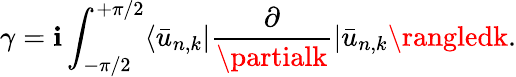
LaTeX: \gamma=\mathbf{i}\int_{-\pi/2}^{+\pi/2}\langle\bar{{u}}_{n,k}|\frac{{\partial}}{{\partialk}}|\bar{{u}}_{n,k}\rangledk.